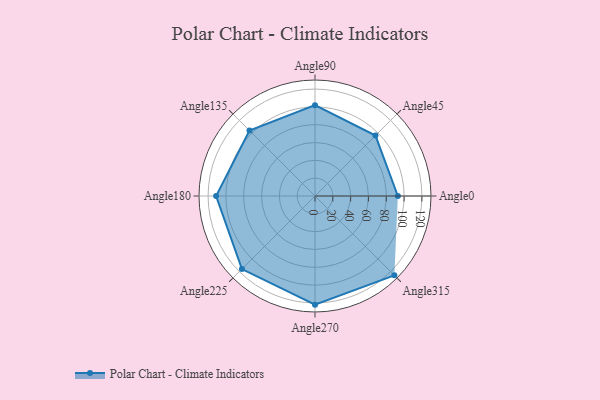
{"axis": {"x": "Angle", "y": "Radius"}, "legend": [""], "data": [{"x": "Angle0", "y": 93.0, "type": ""}, {"x": "Angle45", "y": 96.0, "type": ""}, {"x": "Angle90", "y": 102.0, "type": ""}, {"x": "Angle135", "y": 104.0, "type": ""}, {"x": "Angle180", "y": 111.0, "type": ""}, {"x": "Angle225", "y": 116.0, "type": ""}, {"x": "Angle270", "y": 122.0, "type": ""}, {"x": "Angle315", "y": 126.0, "type": ""}]}